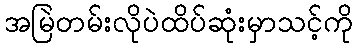
အမြဲတမ်းလိုပဲထိပ်ဆုံးမှာသင့်ကို